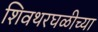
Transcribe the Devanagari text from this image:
शिवथरघळीच्या